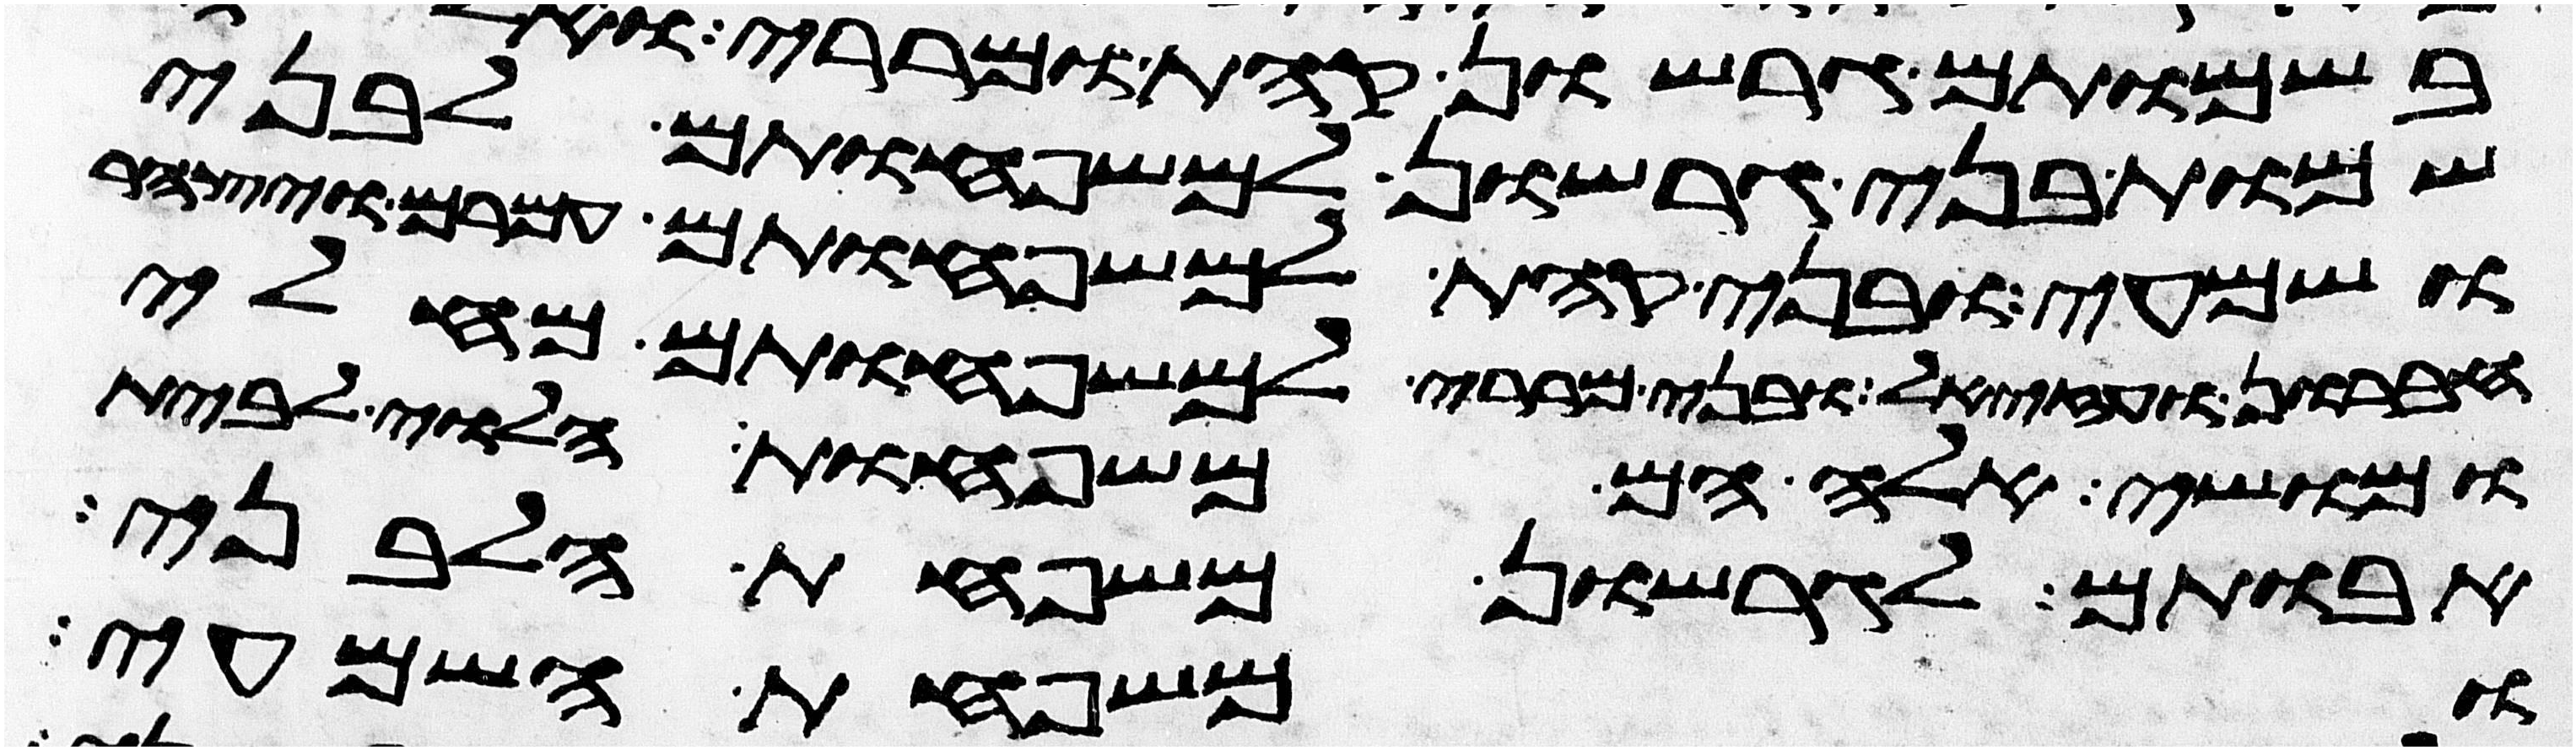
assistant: שמות בני גרשון למשפחותם לבני
ושמעי ובני קהת למשפחותם עמרם ויצהר
חברון ועזיאל ובני מררי למשפחותם מחלי
ומושי אלה הם משפחות הלוי לבית
אבותם לגרשון משפחת הלבני
ומשפחת השמעי